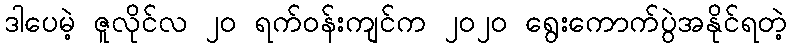
ဒါပေမဲ့ ဇူလိုင်လ ၂၀ ရက်ဝန်းကျင်က ၂၀၂၀ ရွေးကောက်ပွဲအနိုင်ရတဲ့